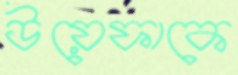
উয়েফাকে